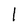
Character: 1